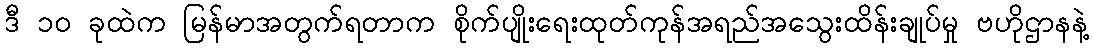
ဒီ ၁၀ ခုထဲက မြန်မာအတွက်ရတာက စိုက်ပျိုးရေးထုတ်ကုန်အရည်အသွေးထိန်းချုပ်မှု ဗဟိုဌာနနဲ့